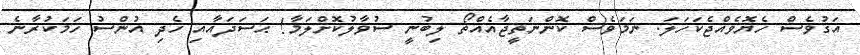
އަގުވެސް ހެޔޮވެއްޖެކަހަލަ. ނަމަވެސް ކޮންނަތީޖާއެއްތޯ ލިބުނީ ސުވާލުކޮށްލަމާ! ޙަސަދައާއި ހެދި އުންސު ހަމަކުރާނެ